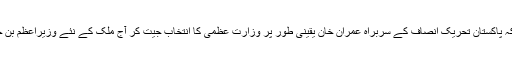
توقع ہے کہ پاکستان تحریکِ انصاف کے سربراہ عمران خان یقینی طور پر وزارتِ عظمیٰ کا انتخاب جیت کر آج ملک کے نئے وزیرِاعظم بن جائیں گے۔